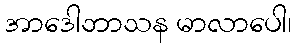
အာဒေါဘာသန မာလာပေါ၊